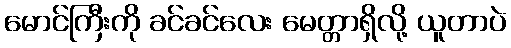
မောင်ကြီးကို ခင်ခင်လေး မေတ္တာရှိလို့ ယူတာပဲ